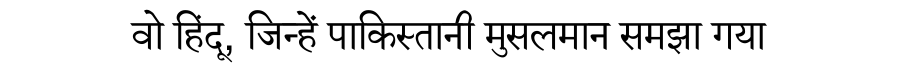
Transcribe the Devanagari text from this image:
वो हिंदू, जिन्हें पाकिस्तानी मुसलमान समझा गया